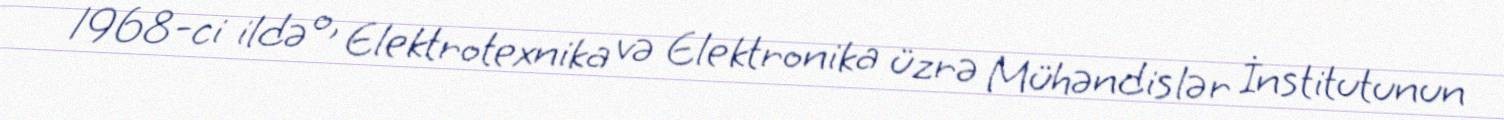
1968-ci ildə o, Elektrotexnika və Elektronika üzrə Mühəndislər İnstitutunun